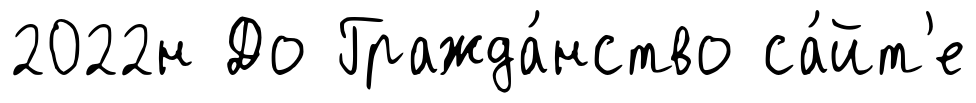
2022н До Гражда́нство са́йт'е